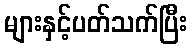
များနှင့်ပတ်သက်ပြီး